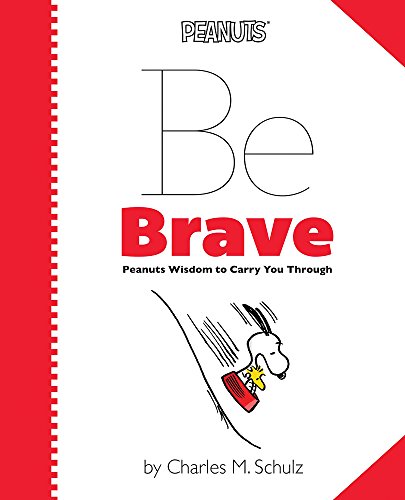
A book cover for Peanuts: Be Brave: Peanuts Wisdom to Carry You Through; Children's Books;